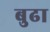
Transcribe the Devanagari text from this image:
बुढा